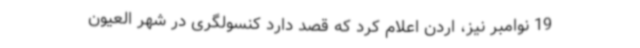
19 نوامبر نیز، اردن اعلام کرد که قصد دارد کنسولگری در شهر العیون